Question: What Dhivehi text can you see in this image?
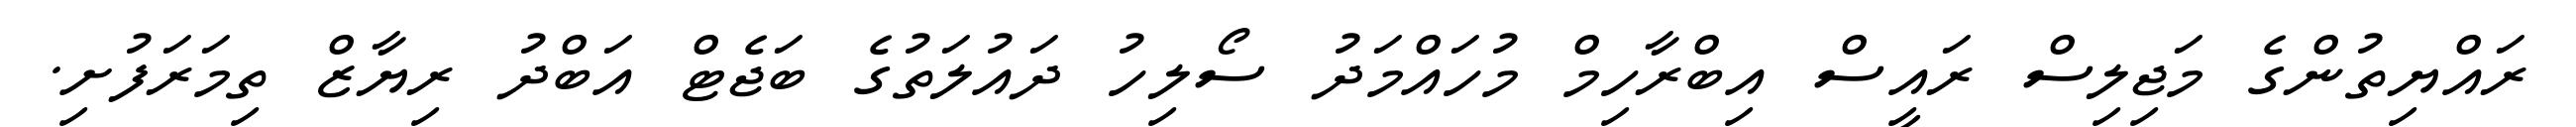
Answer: ރައްޔިތުންގެ މަޖިލިސް ރައީސް އިބްރާހިމް މުހައްމަދު ސޯލިހު ދައުލަތުގެ ބަޖެޓް އަބްދު ރިޔާޒް ތިމަރަފުށި.